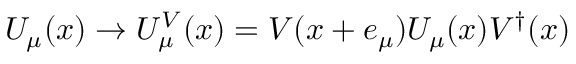
U _ { \mu } ( x ) \rightarrow U _ { \mu } ^ { V } ( x ) = V ( x + e _ { \mu } ) U _ { \mu } ( x ) V ^ { \dagger } ( x )